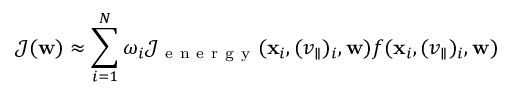
\mathcal { J } ( \mathbf { w } ) \approx \sum _ { i = 1 } ^ { N } \omega _ { i } \mathcal { J } _ { \mathrm { ~ e ~ n ~ e ~ r ~ g ~ y ~ } } ( \mathbf { x } _ { i } , ( v _ { \parallel } ) _ { i } , \mathbf { w } ) f ( \mathbf { x } _ { i } , ( v _ { \parallel } ) _ { i } , \mathbf { w } )